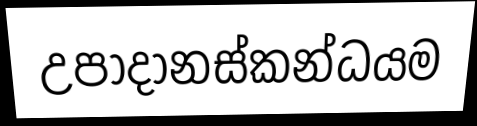
උපාදානස්කන්ධයම